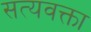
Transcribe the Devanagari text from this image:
सत्यवक्ता